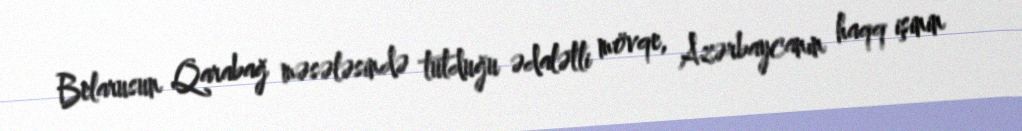
Belarusun Qarabağ məsələsində tutduğu ədalətli mövqe, Azərbaycanın haqq işinin